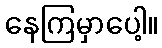
နေကြမှာပေါ့။